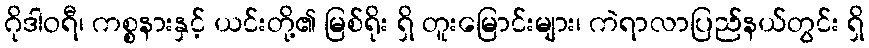
ဂိုဒါဝရီ၊ ကစ္စနားနှင့် ယင်းတို့၏ မြစ်ရိုး ရှိ တူးမြောင်းများ၊ ကဲရာလာပြည်နယ်တွင်း ရှိ